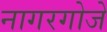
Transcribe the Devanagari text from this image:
नागरगोजे